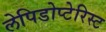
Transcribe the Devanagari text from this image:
लेपिडोप्टेरिस्ट